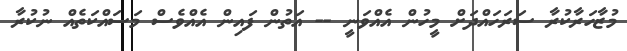
މުޒާހަރާކުރާ ސަރަހައްދަށް މީހުން އެއްވަނީ -- އަތުން ފައިން އެއްވެސް މަސައްކަތެއް ނުކުރާ